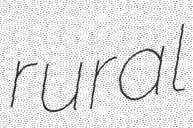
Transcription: rural